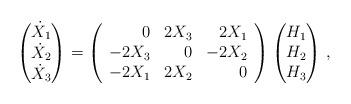
LaTeX: \begin{align*} \begin{pmatrix} \dot X_1 \\ \dot X_2 \\ \dot X_3 \end{pmatrix}=\left(\begin{array}{rrrr}0 & 2X_{3} & 2X_{1} \\-2X_{3} & 0 & -2X_{2} \\-2X_{1} & 2X_{2} & 0 \end{array}\right)\begin{pmatrix}H_1 \\ H_2 \\ H_3\end{pmatrix} \,,\end{align*}